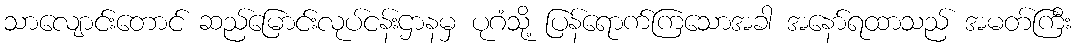
သာလျောင်းတောင် ဆည်မြောင်းလုပ်ငန်းဌာနမှ ပုဂံသို့ ပြန်ရောက်ကြသောအခါ အနော်ရထာသည် အမတ်ကြီး